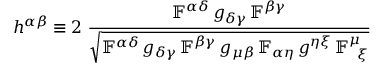
h ^ { \alpha \beta } \equiv 2 \; \frac { \mathbb { F } ^ { \alpha \delta } \, g _ { \delta \gamma } \, \mathbb { F } ^ { \beta \gamma } } { \sqrt { \mathbb { F } ^ { \alpha \delta } \, g _ { \delta \gamma } \, \mathbb { F } ^ { \beta \gamma } \, g _ { \mu \beta } \, \mathbb { F } _ { \alpha \eta } \, g ^ { \eta \xi } \, \mathbb { F } _ { \; \; \xi } ^ { \mu } } }